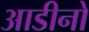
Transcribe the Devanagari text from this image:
आडीनो